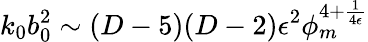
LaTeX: k_{0}b_{0}^{2}\sim(D-5)(D-2)\epsilon^{2}\phi_{m}^{4+{\frac{1}{4\epsilon}}}